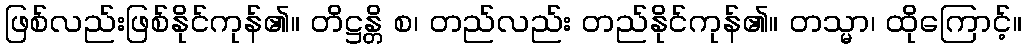
ဖြစ်လည်းဖြစ်နိုင်ကုန်၏။ တိဋ္ဌန္တိ စ၊ တည်လည်း တည်နိုင်ကုန်၏။ တသ္မာ၊ ထိုကြောင့်။